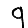
Digit: 9